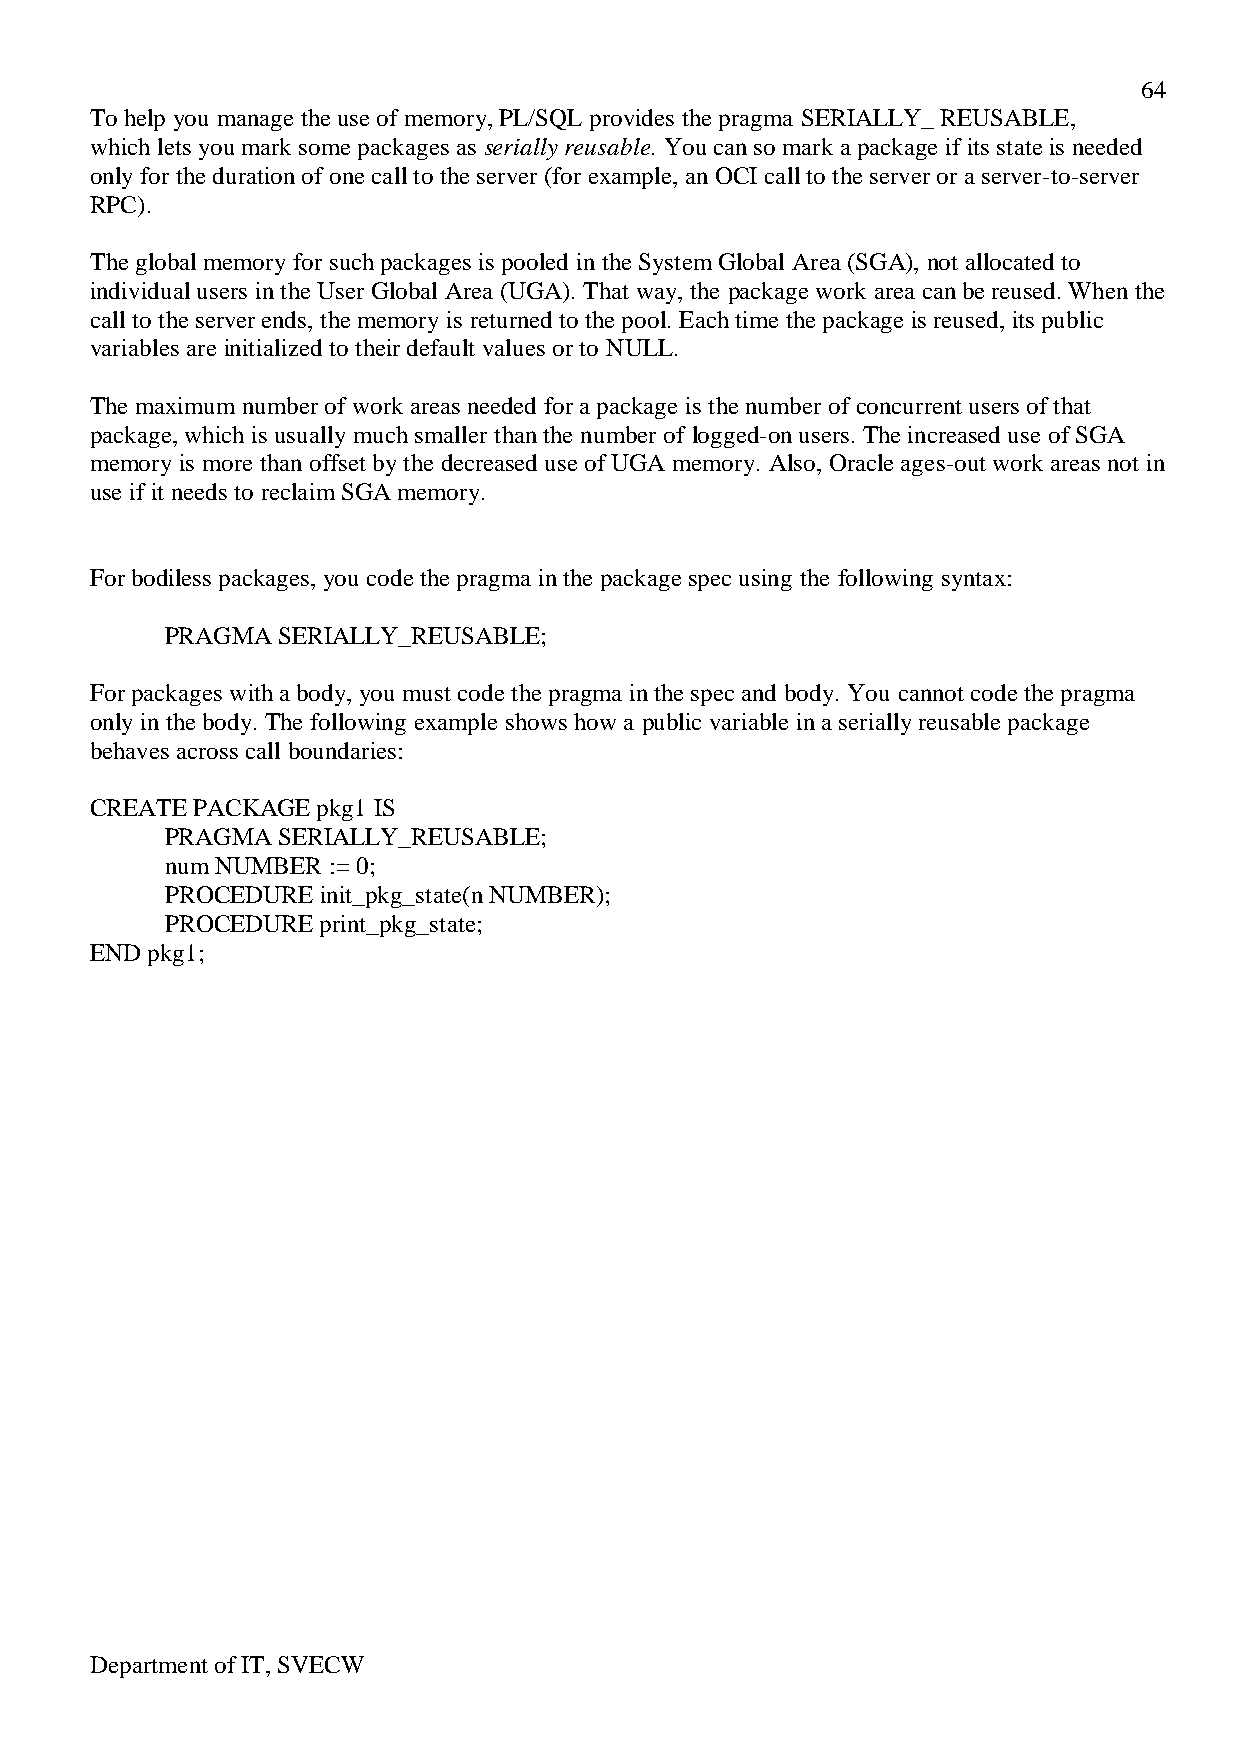
64
 To help you manage the use of memory, PL/SQL provides the pragma SERIALLY_ REUSABLE,
 which lets you mark some packages as serially reusable. You can so mark a package if its state is needed
 only for the duration of one call to the server (for example, an OCI call to the server or a server-to-server
 RPC).
 The global memory for such packages is pooled in the System Global Area (SGA), not allocated to
 individual users in the User Global Area (UGA). That way, the package work area can be reused. When the
 call to the server ends, the memory is returned to the pool. Each time the package is reused, its public
 variables are initialized to their default values or to NULL.
 The maximum number of work areas needed for a package is the number of concurrent users of that
 package, which is usually much smaller than the number of logged-on users. The increased use of SGA
 memory is more than offset by the decreased use of UGA memory. Also, Oracle ages-out work areas not in
 use if it needs to reclaim SGA memory.
 For bodiless packages, you code the pragma in the package spec using the following syntax:
 PRAGMA SERIALLY_REUSABLE;
 For packages with a body, you must code the pragma in the spec and body. You cannot code the pragma
 only in the body. The following example shows how a public variable in a serially reusable package
 behaves across call boundaries:
 CREATE PACKAGE pkg1 IS
 PRAGMA SERIALLY_REUSABLE;
 num NUMBER := 0;
 PROCEDURE init_pkg_state(n NUMBER);
 PROCEDURE print_pkg_state;
 END pkg1;
 Department of IT, SVECW